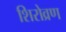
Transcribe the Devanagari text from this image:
शिरोव्रण